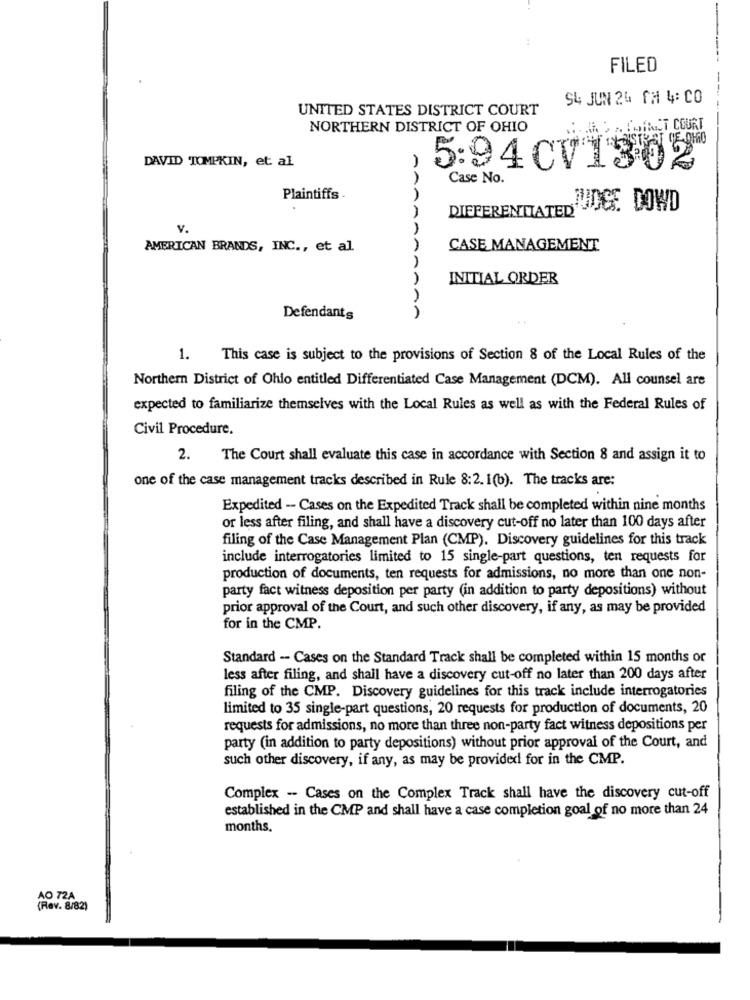
FILED
94 JUN 24 AM 4: CO
UNITED STATES DISTRICT COURT
NORTHERN DISTRICT OF OHIO
DIACT COURT
DAVID TOMPKIN, et al
5:94 CV1302
Case No.
Plaintiffs .
DIFFERENTIATED. DOWD
v.
AMERICAN BRANDS, INC ., et al.
CASE MANAGEMENT
INITIAL ORDER
AAAAAAAAAA
Defendants
1. This case is subject to the provisions of Section 8 of the Local Rules of the
Northern District of Ohio entitled Differentiated Case Management (DCM). All counsel are
expected to familiarize themselves with the Local Rules as well as with the Federal Rules of
Civil Procedure.
2. The Court shall evaluate this case in accordance with Section 8 and assign it to
one of the case management tracks described in Rule 8:2. 1(b). The tracks are:
Expedited - Cases on the Expedited Track shall be completed within nine months
or less after filing, and shall have a discovery cut-off no later than 100 days after
filing of the Case Management Plan (CMP). Discovery guidelines for this track
include interrogatories limited to 15 single-part questions, ten requests for
production of documents, ten requests for admissions, no more than one non-
party fact witness deposition per party (in addition to party depositions) without
prior approval of the Court, and such other discovery, if any, as may be provided
for in the CMP.
Standard -- Cases on the Standard Track shall be completed within 15 months or
less after filing, and shall have a discovery cut-off no later than 200 days after
filing of the CMP. Discovery guidelines for this track include interrogatories
limited to 35 single-part questions, 20 requests for production of documents, 20
requests for admissions, no more than three non-party fact witness depositions per
party (in addition to party depositions) without prior approval of the Court, and
such other discovery, if any, as may be provided for in the CMP.
Complex -- Cases on the Complex Track shall have the discovery cut-off
established in the CMP and shall have a case completion goal of no more than 24
months.
AO 72A
(Rev. 8/82)